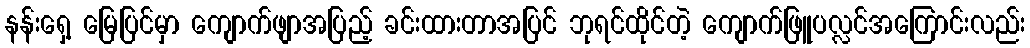
နန်းရှေ့ မြေပြင်မှာ ကျောက်ဖျာအပြည့် ခင်းထားတာအပြင် ဘုရင်ထိုင်တဲ့ ကျောက်ဖြူပလ္လင်အကြောင်းလည်း